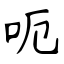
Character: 呃